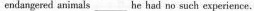
endangered animals______ he had no such experience.